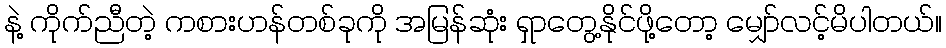
နဲ့ ကိုက်ညီတဲ့ ကစားဟန်တစ်ခုကို အမြန်ဆုံး ရှာတွေ့နိုင်ဖို့တော့ မျှော်လင့်မိပါတယ်။